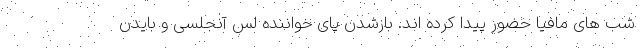
شب های مافیا حضور پیدا کرده اند. بازشدن پای خواننده لس آنجلسی و بایدن